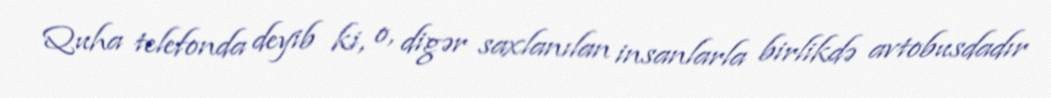
Quha telefonda deyib ki, o, digər saxlanılan insanlarla birlikdə avtobusdadır